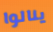
ينالوا